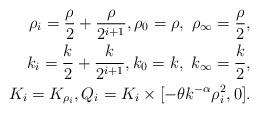
LaTeX: \begin{align*}\rho_{i} = \frac{\rho}{2} + \frac{\rho}{2^{i+1}}, \rho_0 = \rho, \ \rho_{\infty}= \frac{\rho}{2},\\k_{i} =\frac{k}{2} + \frac{k}{2^{i+1}}, k_{0}=k, \ k_{\infty} =\frac{k}{2},\\K_{i}= K_{\rho_i}, Q_{i} =K_{i}\times [-\theta k^{-\alpha}\rho_{i}^{2}, 0].\end{align*}